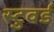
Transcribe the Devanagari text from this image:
स्टुवर्ड